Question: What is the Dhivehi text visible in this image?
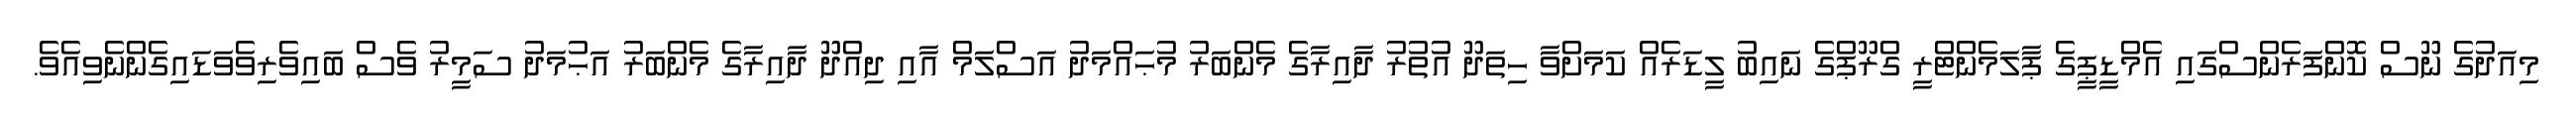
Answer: މިއަދުގެ ނޫސް ކޮންފަރެންސްގައި އެމްޑީޕީގެ ޕާލަމެންޓްރީ ގްރޫޕްގެ ނައިބު ލީޑަރެއް ކަމަށްވާ ހިތަދޫ އުތުރު ދާއިރާގެ މެންބަރު މުޙައްމަދު އަސްލަމް އާއި ދިއްދޫ ދާއިރާގެ މެންބަރު އަޙުމަދު ސަމީރު ވެސް ބައިވެރިވެވަޑައިގެންނެވިއެވެ.